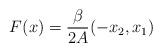
LaTeX: \begin{align*}F(x)=\frac{\beta}{2A}(-x_2,x_1)\end{align*}